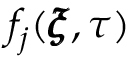
f _ { j } ( \pmb { \xi } , \tau )